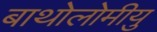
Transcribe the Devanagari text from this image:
बाथोलोमीयु